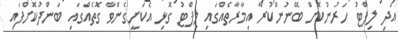
އަދި ލިފްޓު ހަރުނުކޮށް ބޭނުންކުރާ އިމާރާތެއްގައި ލިފްޓު ގޮޅި އެކަށީގެންވާ ގޮތެއްގައި ބަންދުކޮށްފައި